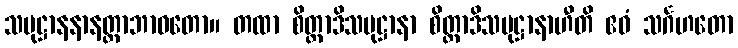
သမုဋ္ဌာနနာနတ္တာဘာဝတော။ တထာ စိတ္တာဒိသမုဋ္ဌာနာ စိတ္တာဒိသမုဋ္ဌာနာဟီတိ ဧဝံ သင်္ဂဟတော